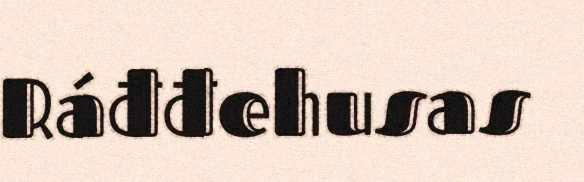
Ráđđehusas